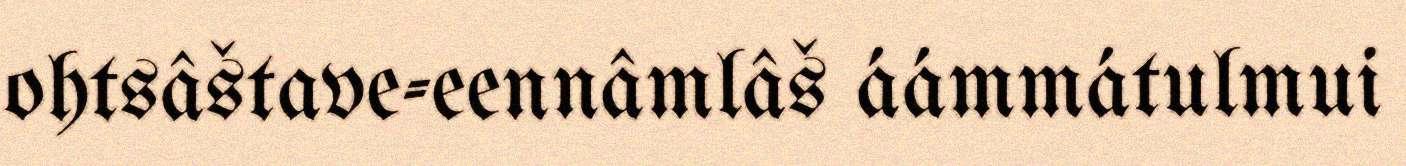
ohtsâštave-eennâmlâš áámmátulmui